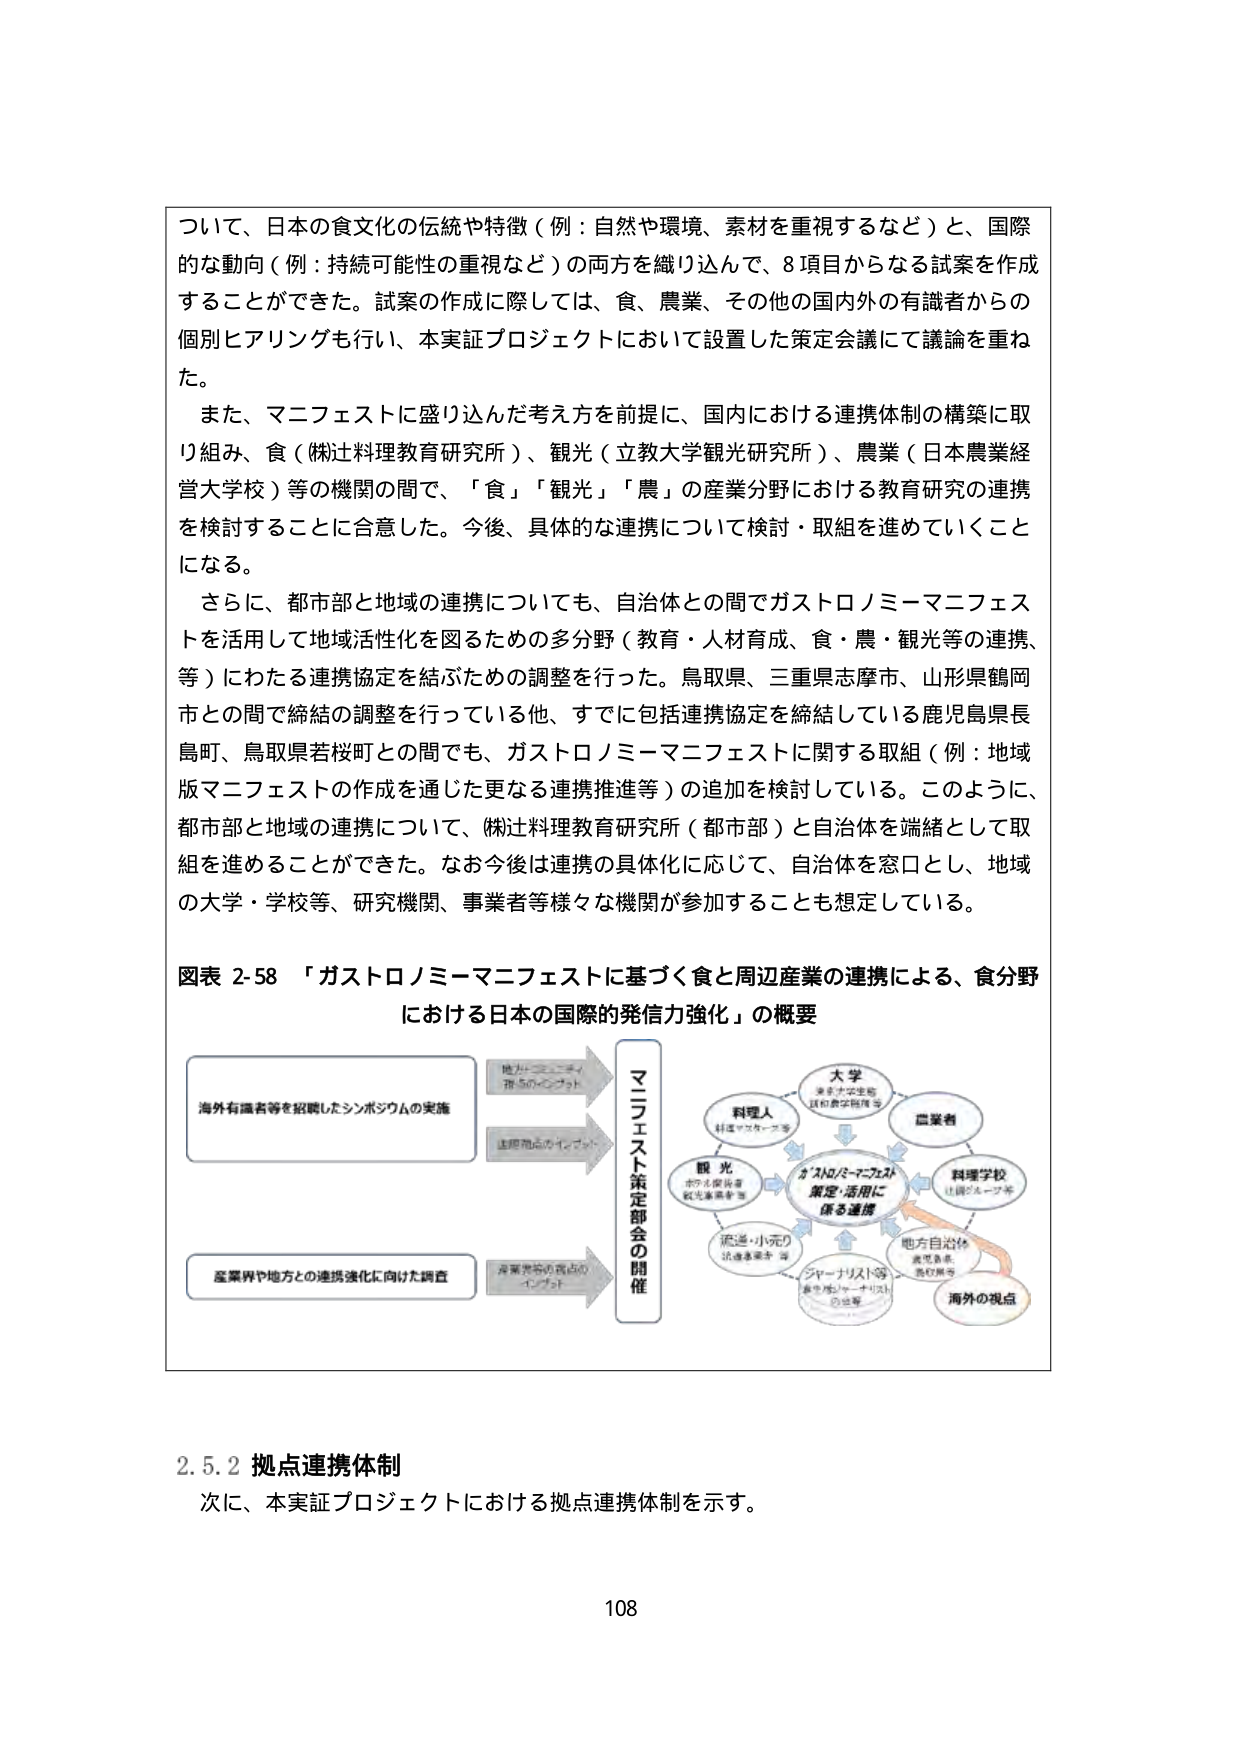
ついて、日本の食文化の伝統や特徴（例：自然や環境、素材を重視するなど）と、国際的な動向（例：持続可能性の重視など）の両方を織り込んで、8項目からなる試案を作成することができた。試案の作成に際しては、食、農業、その他の国内外の有識者からの個別ヒアリングを行い、本実証プロジェクトにおいて設置した策定会議にて議論を重ねた。

また、マニフェストに盛り込んだ考え方を前提に、国内における連携体制の構築に取り組み、食（㈱辻料理教育研究所）、観光（立教大学観光研究所）、農業（日本農業経営大学校）等の機関の間で、「食」「観光」「農」の産業分野における教育研究の連携を検討することに合意した。今後、具体的な連携について検討・取組を進めていくことになる。

さらに、都市部と地域の連携についても、自治体との間でガストロノミーマニフェストを活用して地域活性化を図るための多分野（教育・人材育成、食・農・観光等の連携、等）にわたる連携協定を結ぶための調整を行った。鳥取県、三重県志摩市、山形県鶴岡市との間で締結の調整を行っている他、すでに包括連携協定を締結している鹿児島県長島町、鳥取県若桜町との間でも、ガストロノミーマニフェストに関する取組（例：地域版マニフェストの作成を通じた更なる連携推進等）の追加を検討している。このように、都市部と地域の連携について、㈱辻料理教育研究所（都市部）と自治体を端緒として取組を進めることができた。なお今後は連携の具体化に応じて、自治体を窓口とし、地域の大学・学校等、研究機関、事業者等様々な機関が参加することも想定している。

図表 2-58 「ガストロノミーマニフェストに基づく食と周辺産業の連携による、食分野における日本の国際的発信力強化」の概要

海外有識者等を招聴したシンポジウムの実施
地ガストロノミー
等5のインプット
連携拠点のイニシアチブ
マニフェスト策定部会の開催
産業界や地方との連携強化に向けた調査
産業界等の視点のインプット

大学
東京大学等
農業経営等

料理人
料理マスターズ等

観光
ホテル関係者
観光業者等

流通・小売り
流通業者等

ジャーナリスト等
食を扱うジャーナリスト
の活躍

ガストロノミーマニフェスト
策定・活用に
係る連携

農業者

料理学校
上級グルメ等

地方自治体
鹿児島県
長島町等

海外の視点

2.5.2 拠点連携体制
次に、本実証プロジェクトにおける拠点連携体制を示す。

108